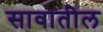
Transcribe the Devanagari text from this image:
सावातील